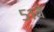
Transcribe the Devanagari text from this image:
५१वें